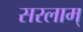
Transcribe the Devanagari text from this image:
सरलाम्